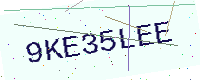
Text: 9KE35LEE